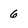
Character: 6